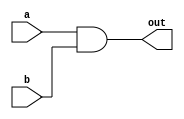
/**
 * And gate: 
 * out = 1 if (a == 1 and b == 1)
 *       0 otherwise
 */

`default_nettype none

module And(
    input wire a,
    input wire b,
    output wire out
);

// your implementation comes here:

wire n_out;

nand(n_out, a, b);
nand(out, n_out, n_out);

endmodule